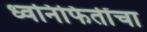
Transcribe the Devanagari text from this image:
ध्वनिफितींचा